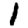
Digit: 1